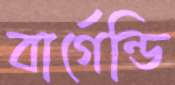
বার্গেন্ডি